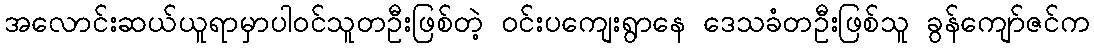
အလောင်းဆယ်ယူရာမှာပါဝင်သူတဦးဖြစ်တဲ့ ဝင်းပကျေးရွာနေ ဒေသခံတဦးဖြစ်သူ ခွန်ကျော်ဇင်က